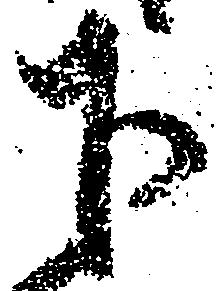
下